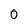
Character: 0